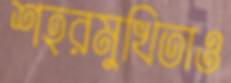
শহরমুখিতাও